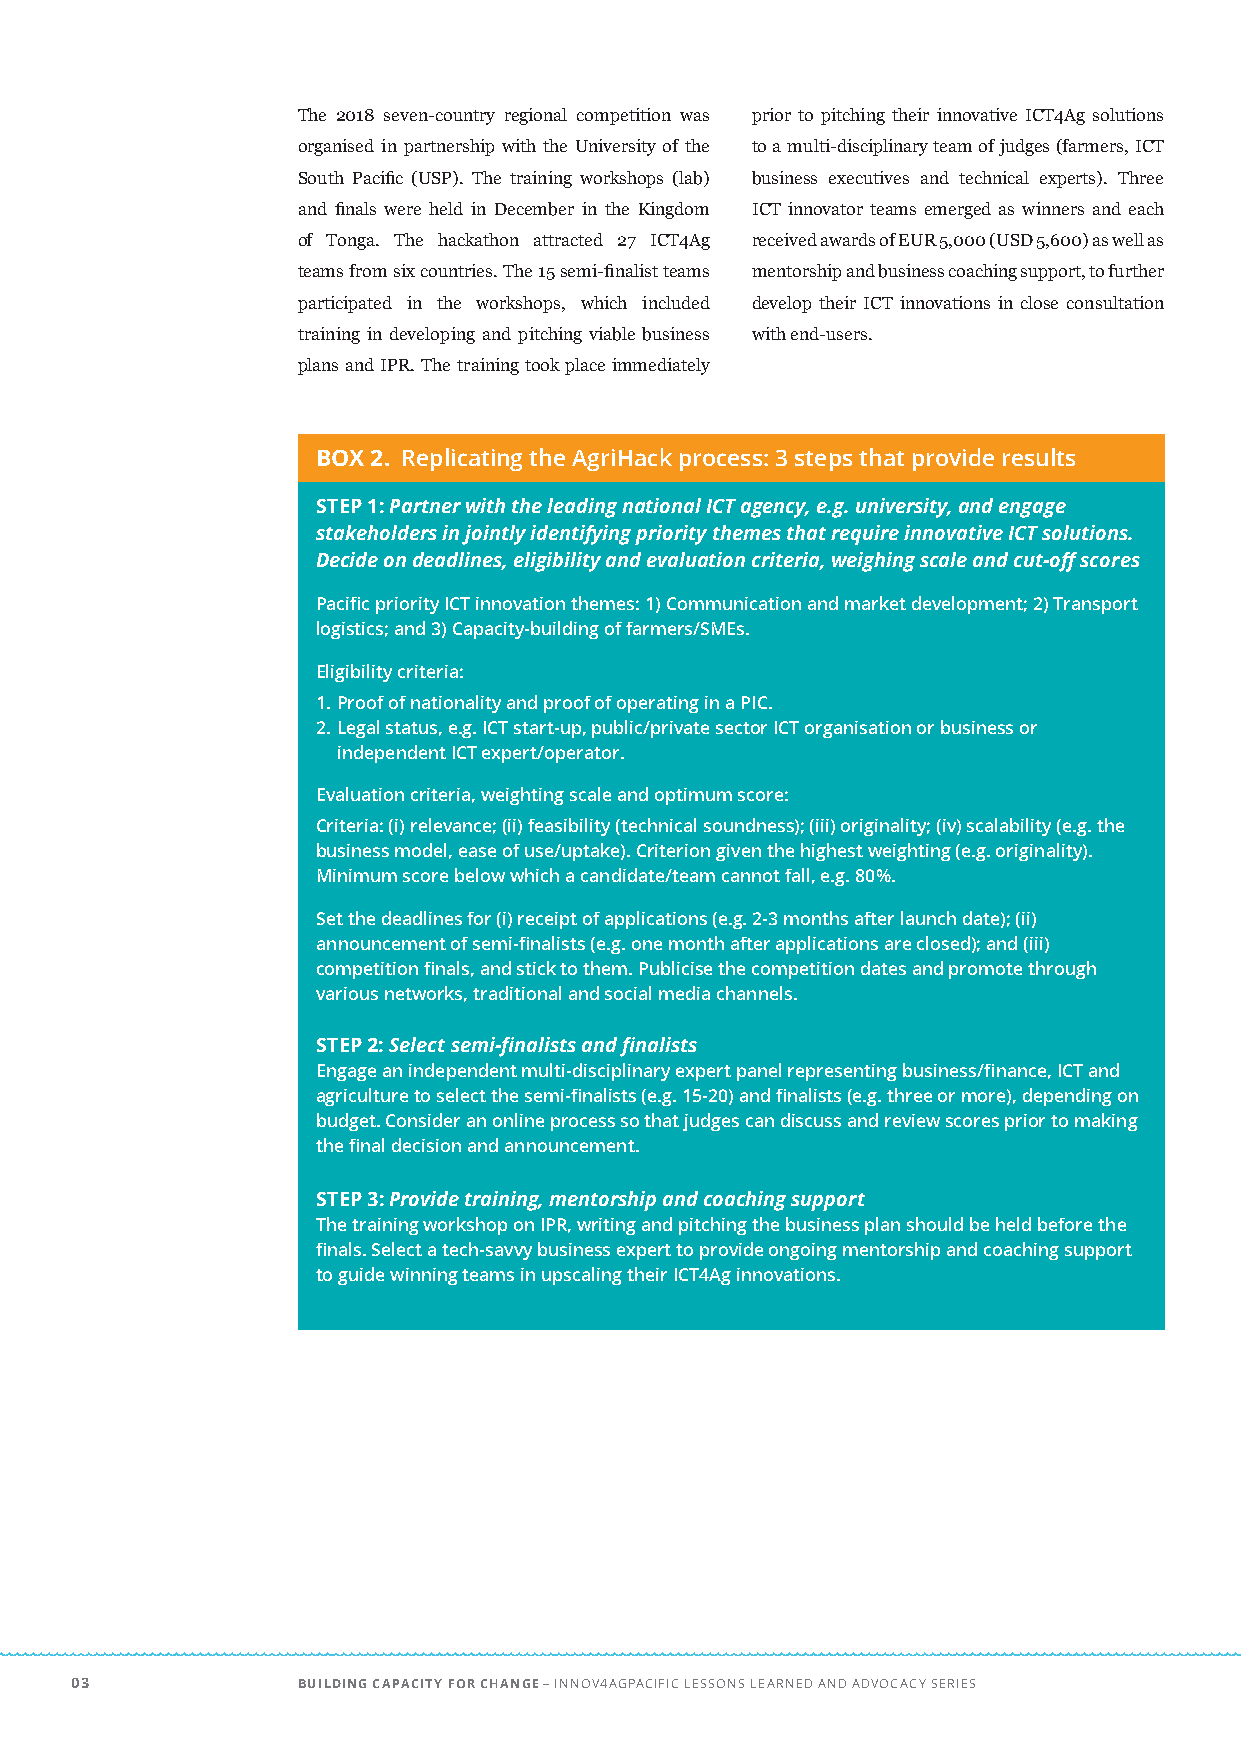
The 2018 seven-country regional competition was prior to pitching their innovative ICT4Ag solutions
 organised in partnership with the University of the to a multi-disciplinary team of judges (farmers, ICT
 South Pacific (USP). The training workshops (lab) business executives and technical experts). Three
 and finals were held in December in the Kingdom ICT innovator teams emerged as winners and each
 of Tonga. The hackathon attracted 27 ICT4Ag received awards of EUR 5,000 (USD 5,600) as well as
 teams from six countries. The 15 semi-finalist teams mentorship and business coaching support, to further
 participated in the workshops, which included develop their ICT innovations in close consultation
 training in developing and pitching viable business with end-users.
 plans and IPR. The training took place immediately
 BOX 2. Replicating the AgriHack process: 3 steps that provide results
 STEP 1: Partner with the leading national ICT agency, e.g. university, and engage
 stakeholders in jointly identifying priority themes that require innovative ICT solutions.
 Decide on deadlines, eligibility and evaluation criteria, weighing scale and cut-off scores
 Pacific priority ICT innovation themes: 1) Communication and market development; 2) Transport
 logistics; and 3) Capacity-building of farmers/SMEs.
 Eligibility criteria:
 1. Proof of nationality and proof of operating in a PIC.
 2. Legal status, e.g. ICT start-up, public/private sector ICT organisation or business or
 independent ICT expert/operator.
 Evaluation criteria, weighting scale and optimum score:
 Criteria: (i) relevance; (ii) feasibility (technical soundness); (iii) originality; (iv) scalability (e.g. the
 business model, ease of use/uptake). Criterion given the highest weighting (e.g. originality).
 Minimum score below which a candidate/team cannot fall, e.g. 80%.
 Set the deadlines for (i) receipt of applications (e.g. 2-3 months after launch date); (ii)
 announcement of semi-finalists (e.g. one month after applications are closed); and (iii)
 competition finals, and stick to them. Publicise the competition dates and promote through
 various networks, traditional and social media channels.
 STEP 2: Select semi-finalists and finalists
 Engage an independent multi-disciplinary expert panel representing business/finance, ICT and
 agriculture to select the semi-finalists (e.g. 15-20) and finalists (e.g. three or more), depending on
 budget. Consider an online process so that judges can discuss and review scores prior to making
 the final decision and announcement.
 STEP 3: Provide training, mentorship and coaching support
 The training workshop on IPR, writing and pitching the business plan should be held before the
 finals. Select a tech-savvy business expert to provide ongoing mentorship and coaching support
 to guide winning teams in upscaling their ICT4Ag innovations.
 03             BUILDING CAPACITY FOR CHANGE – INNOV4AGPACIFIC LESSONS LEARNED AND ADVOCACY SERIES